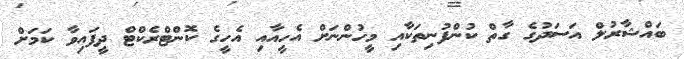
ބައްޝާރުލް އަސަދުގެ ގާތް ކުންފުނިތަކާއި މީހުންނަށް އެހީއާއި އެހީގެ ކޮންޓްރެކްޓް ދީފައިވާ ކަމަށް